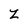
Character: Z